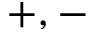
+ , -